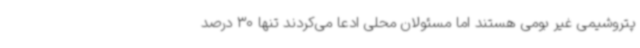
پتروشیمی غیر بومی هستند اما مسئولان محلی ادعا می‌کردند تنها 30 درصد